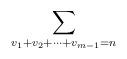
LaTeX: \begin{align*}\sum_{v_{1}+v_{2}+\cdots +v_{m-1}=n} \end{align*}